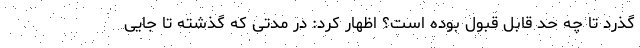
گذرد تا چه حد قابل قبول بوده است؟ اظهار کرد: در مدتی که گذشته تا جایی